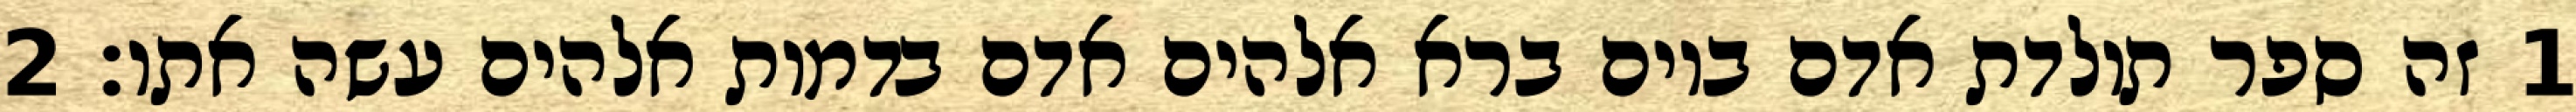
1 זה ספר תולדת אדם ביום ברא אלהים אדם בדמות אלהים עשה אתו׃ ‎2‏